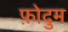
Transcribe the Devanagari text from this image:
फ़ोदुम